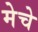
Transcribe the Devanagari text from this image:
मेचे